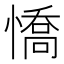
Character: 憍